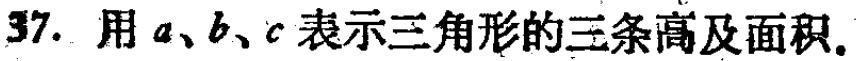
37. 用\(a、b、c\)表示三角形的三条高及面积.